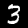
Label: 3